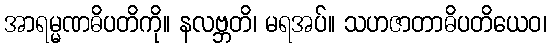
အာရမ္မဏဓိပတိကို။ နလဗ္ဘတိ၊ မရအပ်။ သဟဇာတာဓိပတိယေဝ၊